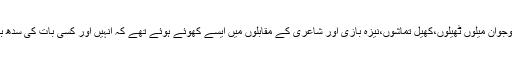
مکہ کے نوجوان میلوں ٹھیلوں،کھیل تماشوں،نیزہ بازی اور شاعری کے مقابلوں میں ایسے کھوئے ہوئے تھے کہ انہیں اور کسی بات کی سدھ بدھ نہ تھی۔